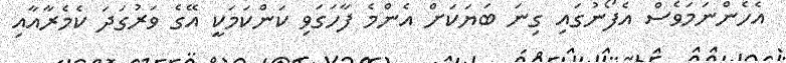
އެހެންނަމަވެސް އެފޯނުގައި ގިނަ ބަޔަކަށް އެންމެ ފާހަގަވި ކަންކަަމަކީ އޭގެ ވަރުގަދަ ކެމެރާއާއި